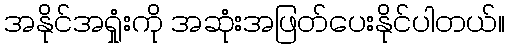
အနိုင်အရှုံးကို အဆုံးအဖြတ်ပေးနိုင်ပါတယ်။